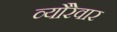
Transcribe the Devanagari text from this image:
व्यौरेवार